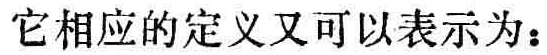
它相应的定义又可以表示为：